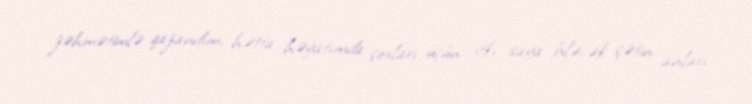
zəhmətimlə qazandım, hətta həyatımda çoxları üçün itki saya biləcək çətin anları